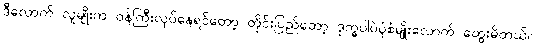
ဒီလောက် လူမျိုးက ဝန်ကြီးလုပ်နေရင်တော့ တိုင်းပြည်တော့ ဒုက္ခပါပဲပုံစံမျိုးလောက် တွေးမိတယ်။